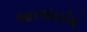
આરએસપીઓ